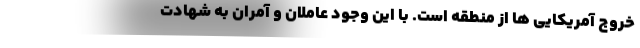
خروج آمریکایی ها از منطقه است. با این وجود عاملان و آمران به شهادت